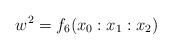
LaTeX: \begin{align*}w^2=f_6(x_0:x_1:x_2)\end{align*}